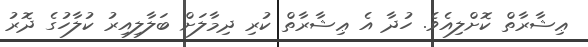
ޢިޝާރާތް ކޮށްލިއެވެ. ހުދާ އެ ޢިޝާރާތް ކުރި ދިމާލަށް ބަލާލިއިރު ކުލާހުގެ ދޮރު